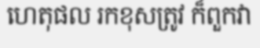
ហេតុផល រកខុសត្រូវ ក៏ពួកវា